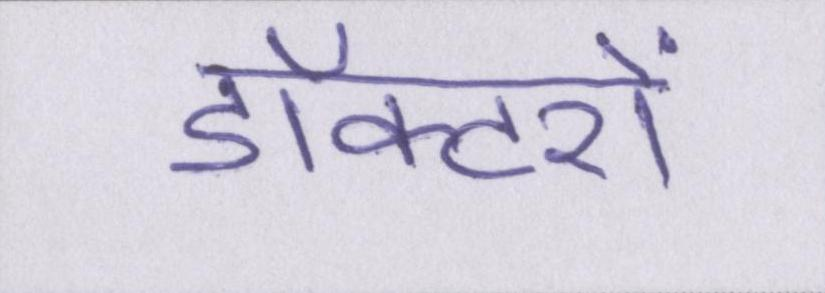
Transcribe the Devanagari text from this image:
डॉक्टरों